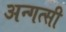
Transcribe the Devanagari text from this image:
अन्गत्सी